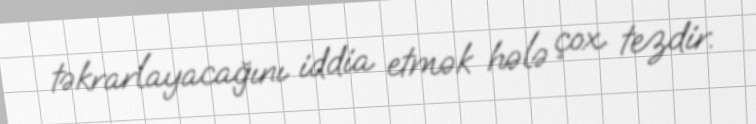
təkrarlayacağını iddia etmək hələ çox tezdir.